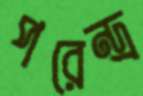
পরেন্দ্র